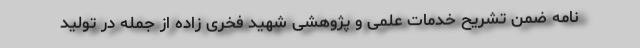
نامه ضمن تشریح خدمات علمی و پژوهشی شهید فخری زاده از جمله در تولید